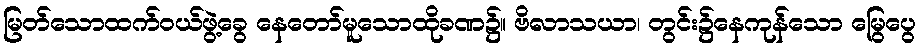
မြတ်သောထက်ဝယ်ဖွဲ့ခွေ နေတော်မူသောထိုခဏ၌။ ဗိလာသယာ၊ တွင်း၌နေကုန်သော မြွေပွေ